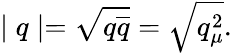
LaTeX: \mid q\mid=\sqrt{q\overline{{{q}}}}=\sqrt{q_{\mu}^{2}}.